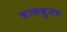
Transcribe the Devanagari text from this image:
घालवुनच